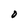
Character: O